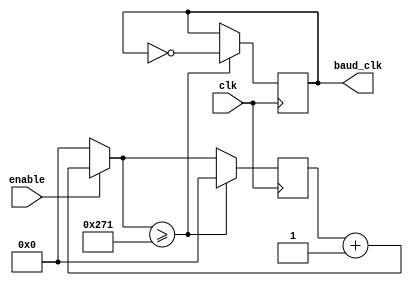
module baud_clk_generator
	#(parameter CLK_PER_BIT=625) ( //1250 => 4800 baud; 625 => 9600 baud
	    input wire clk,
	    input wire enable,
	    output reg baud_clk);

    reg [30:0] cnt = 0;
    
	initial baud_clk = 0;

    always @(posedge clk)
    begin

		if(enable == 1'b1) 
        		cnt = cnt + 1;
		else  
			cnt = 0;
		
		if(cnt >= CLK_PER_BIT)
		begin
			cnt = 0;
			baud_clk = ~baud_clk;
		end

    end    

endmodule